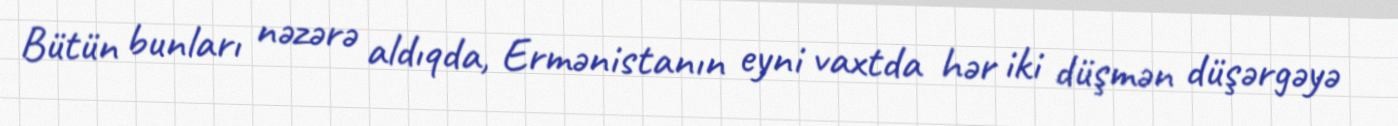
Bütün bunları nəzərə aldıqda, Ermənistanın eyni vaxtda hər iki düşmən düşərgəyə